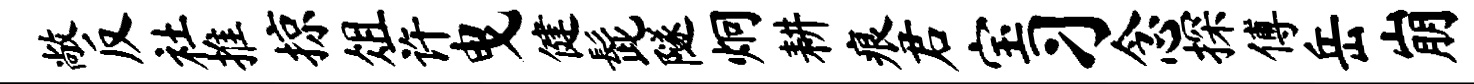
敞反社推掠俎许曳健髭隧炯耕痕君宝习念探傅岳崩